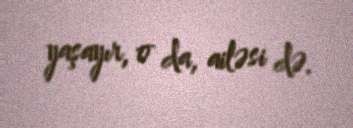
yaşayır, o da, ailəsi də.